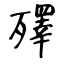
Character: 殬